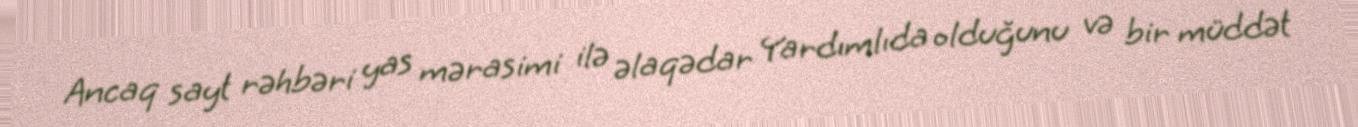
Ancaq sayt rəhbəri yas mərasimi ilə əlaqədar Yardımlıda olduğunu və bir müddət